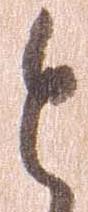
と